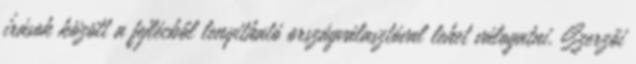
írások között a fejlécből lenyitható országválasztóval lehet válogatni. Szerzői